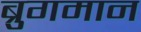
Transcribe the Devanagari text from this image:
ब्रुगमान